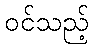
ဝင်သည့်